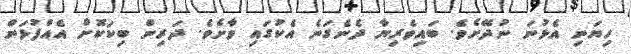
ހިޔަނި އެޅުނަ ނުދޭށެވެ. ބައިވެރިޔާ ދެނެގަނެ އެކުގައި ވާށެވެ. ދަރިން ބިކަކޮށް އެއްފުޅަން